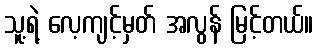
သူ့ရဲ့ လေ့ကျင့်မှတ် အလွန် မြင့်တယ်။